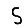
Digit: 5